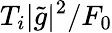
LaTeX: T_{i}|\tilde{g}|^{2}/F_{0}